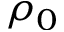
\rho _ { 0 }